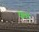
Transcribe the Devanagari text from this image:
पैलर